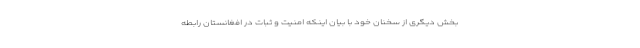
بخش دیگری از سخنان خود با بیان اینکه امنیت و ثبات در افغانستان رابطه